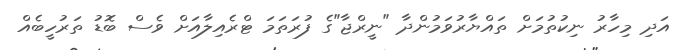
އަދި މިހާރު ނިކުތުމަށް ތައްޔާރުވަމުންދާ "ނީރްޖާ"ގެ ފުރަތަމަ ޓްރެއިލާއަށް ވެސް ބޮޑު ތަރުހީބެއް